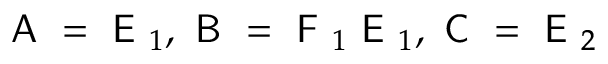
\textsf { A } = \textsf { E } _ { 1 } , \textsf { B } = \textsf { F } _ { 1 } \textsf { E } _ { 1 } , \textsf { C } = \textsf { E } _ { 2 }